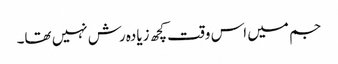
جم میں اس وقت کچھ زیادہ رش نہیں تھا۔